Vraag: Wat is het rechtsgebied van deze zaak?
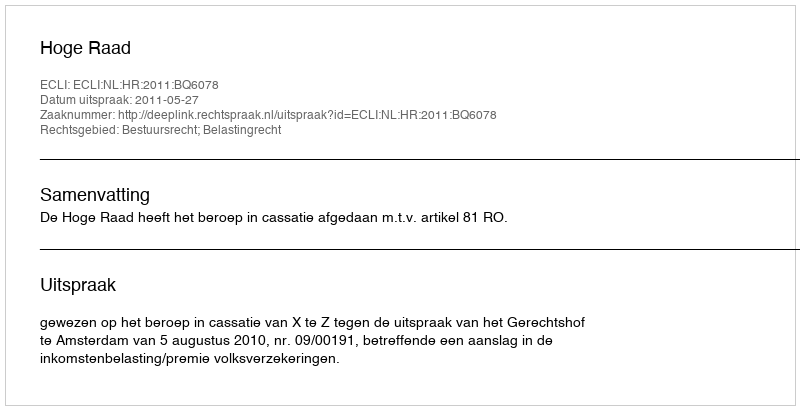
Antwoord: Bestuursrecht; Belastingrecht